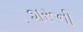
શરૂની